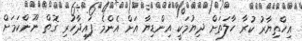
އިހްތިޔާރު ކުރާ ހާލަތަށް ދިޔުމަކީ އިންޑިޔާ އަށް އެންމެ ފައިދާހުރި ގޮތް ނޫންކަމަށް